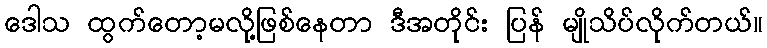
ဒေါသ ထွက်တော့မလို့ဖြစ်နေတာ ဒီအတိုင်း ပြန် မျိုသိပ်လိုက်တယ်။